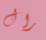
رال